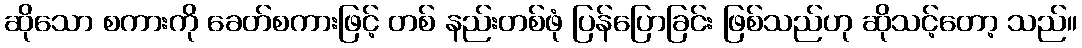
ဆိုသော စကားကို ခေတ်စကားဖြင့် တစ် နည်းတစ်ဖုံ ပြန်ပြောခြင်း ဖြစ်သည်ဟု ဆိုသင့်တော့ သည်။